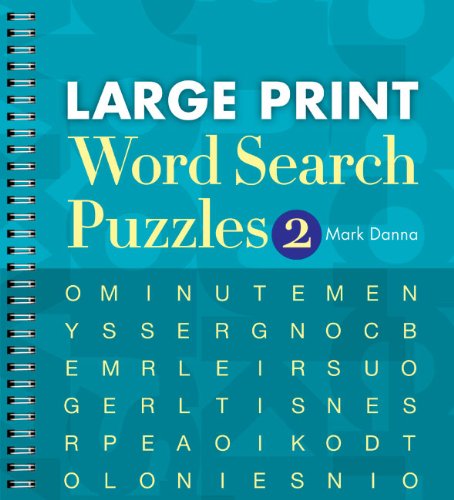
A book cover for Large Print Word Search Puzzles 2; Mark Danna; Humor & Entertainment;